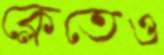
ক্লেতেও